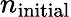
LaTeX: n_{\mathrm{initial}}